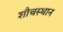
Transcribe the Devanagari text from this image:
शौचस्थान